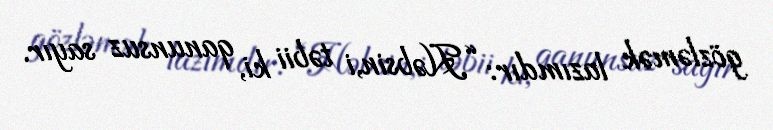
gözləmək lazımdır: “Həbsin,i təbii ki, qanunsuz sayır.